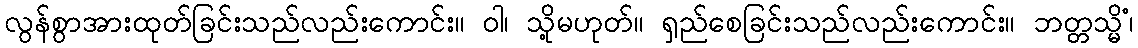
လွန်စွာအားထုတ်ခြင်းသည်လည်းကောင်း။ ဝါ၊ သို့မဟုတ်။ ရှည်စေခြင်းသည်လည်းကောင်း။ ဘတ္တသ္မိံ၊